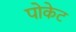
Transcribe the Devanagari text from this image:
पोकेट